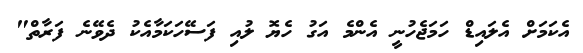
އެކަމަށް އެލައިޑް ހަމަޖެހުނީ އެންމެ އަގު ހެޔޮ ލުއި ފަސޭހަކަމާއެކު ދެވޭނެ ފަރާތް"